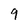
Character: 9